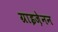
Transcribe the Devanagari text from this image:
ग्राइज़ेनन